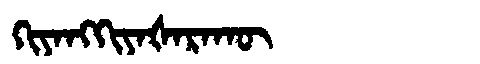
Manchu: ᡴᡳᠶᠠᠩᡴᡳᠶᠠᡧᠠᡵᠠᡴᡡ
Romanization: KIYANGKIYAŠARAKŪ